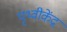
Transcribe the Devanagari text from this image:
पृथ्वीकेंद्र